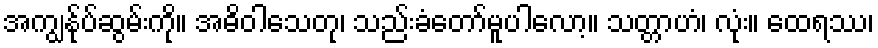
အကျွန်ုပ်ဆွမ်းကို။ အဓိဝါသေတု၊ သည်းခံတော်မူပါလော့။ သတ္တာဟံ၊ လုံး။ ထေရဿ၊